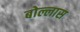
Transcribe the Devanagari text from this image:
बोल्लास